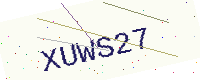
Text: XUWS27